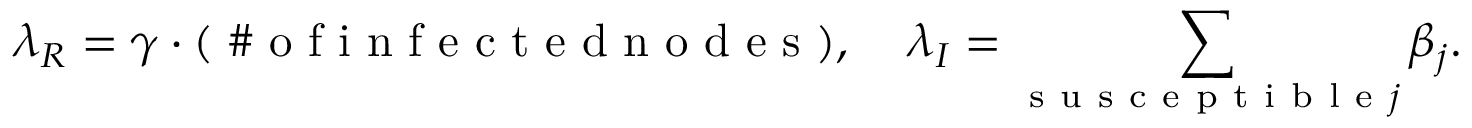
\lambda _ { R } = \gamma \cdot ( \mathrm { ~ \# ~ o ~ f ~ i ~ n ~ f ~ e ~ c ~ t ~ e ~ d ~ n ~ o ~ d ~ e ~ s ~ } ) , \; \; \; \; \lambda _ { I } = \sum _ { \mathrm { ~ s ~ u ~ s ~ c ~ e ~ p ~ t ~ i ~ b ~ l ~ e ~ } j } \beta _ { j } .